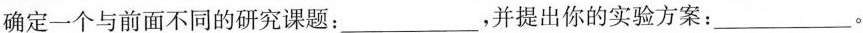
确定一个与前面不同的研究课题：___，并提出你的实验方案：___。